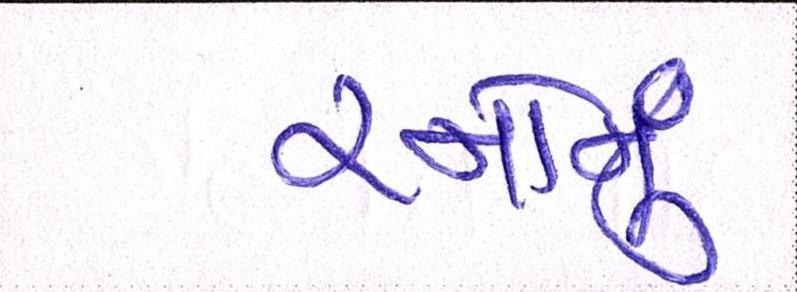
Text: રનોનું